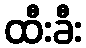
ထီးခီး